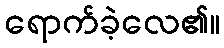
ရောက်ခဲ့လေ၏။